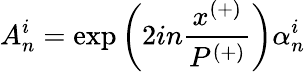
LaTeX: A_{n}^{i}=\exp\left(2in\frac{x^{(+)}}{P^{(+)}}\right)\alpha_{n}^{i}